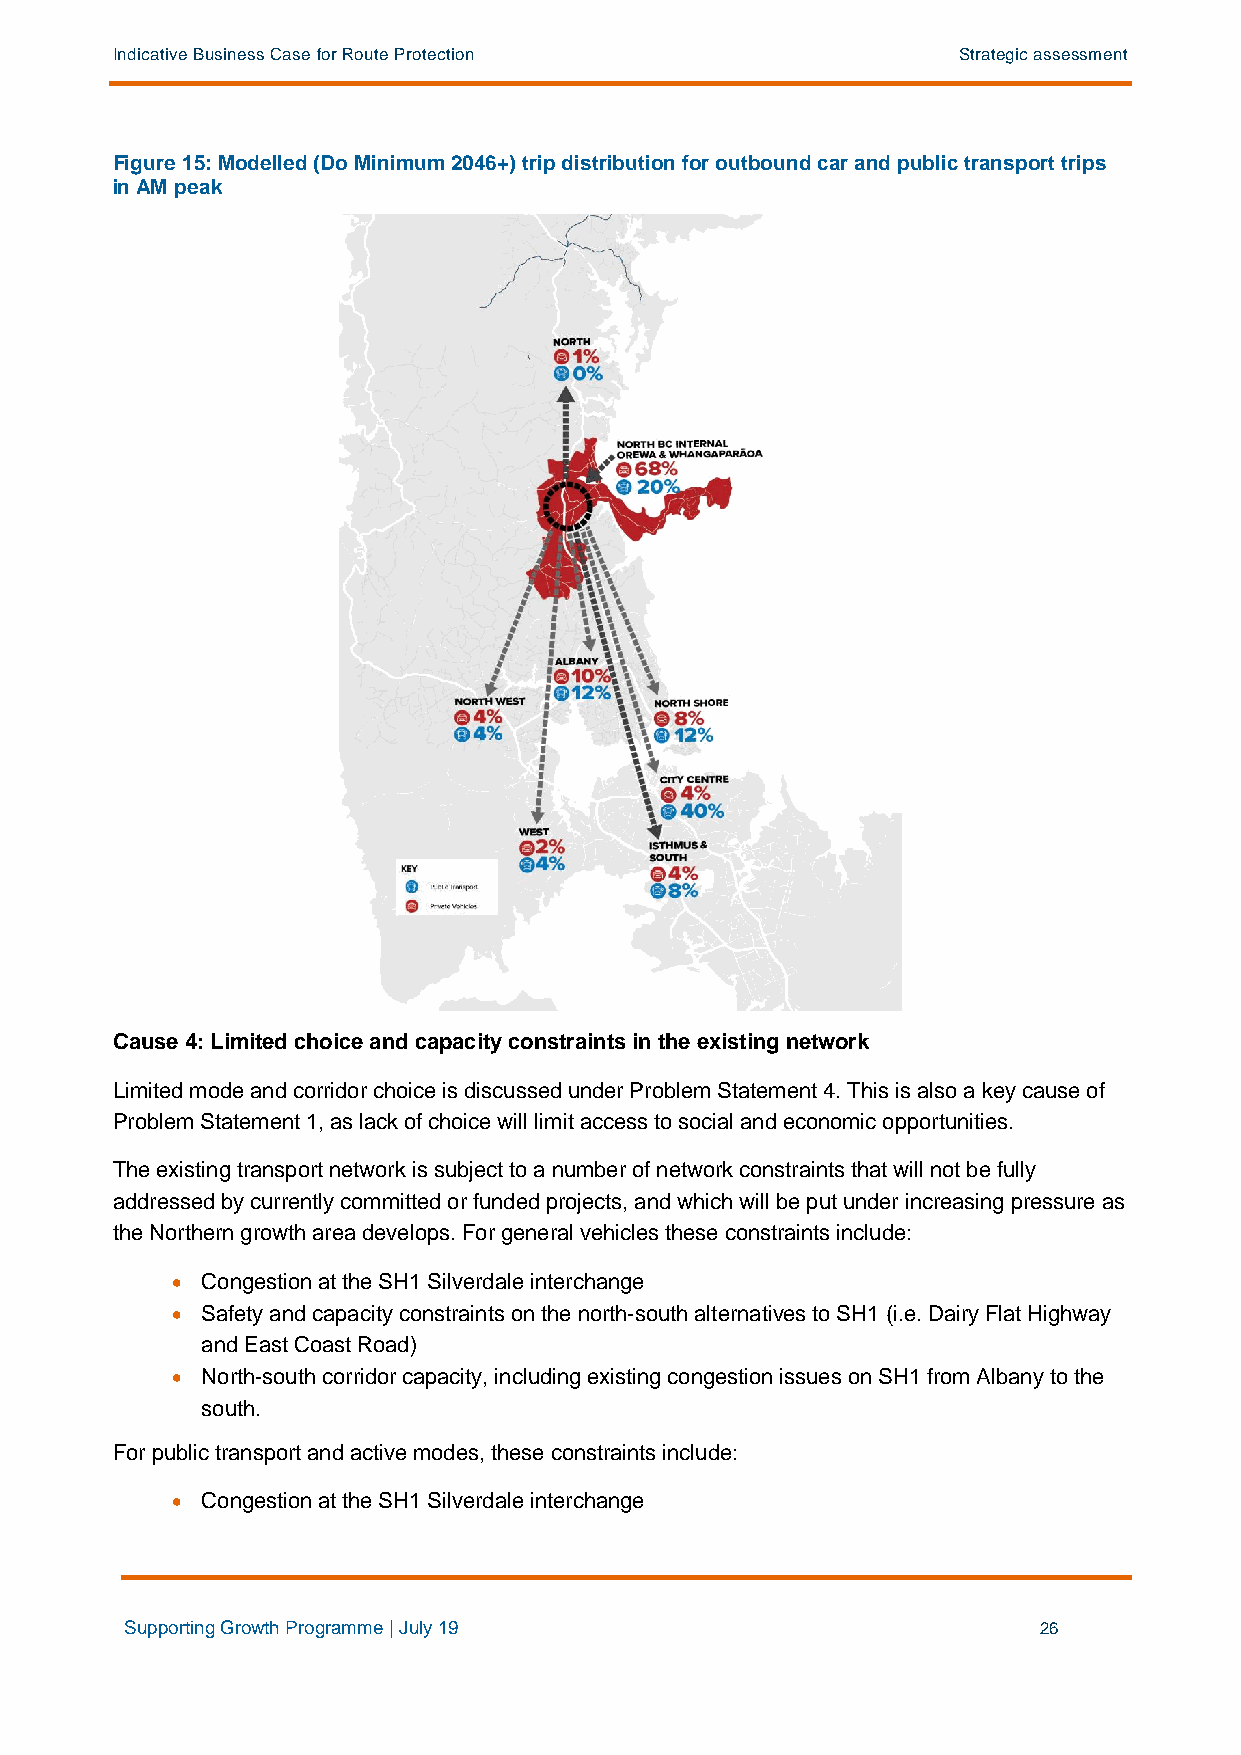
Indicative Business Case for Route Protection           Strategic assessment
 Figure 15: Modelled (Do Minimum 2046+) trip distribution for outbound car and public transport trips
 in AM peak
 Cause 4: Limited choice and capacity constraints in the existing network
 Limited mode and corridor choice is discussed under Problem Statement 4. This is also a key cause of
 Problem Statement 1, as lack of choice will limit access to social and economic opportunities.
 The existing transport network is subject to a number of network constraints that will not be fully
 addressed by currently committed or funded projects, and which will be put under increasing pressure as
 the Northern growth area develops. For general vehicles these constraints include:
 • Congestion at the SH1 Silverdale interchange
 • Safety and capacity constraints on the north-south alternatives to SH1 (i.e. Dairy Flat Highway
 and East Coast Road)
 • North-south corridor capacity, including existing congestion issues on SH1 from Albany to the
 south.
 For public transport and active modes, these constraints include:
 • Congestion at the SH1 Silverdale interchange
 Supporting Growth Programme | July 19                        26